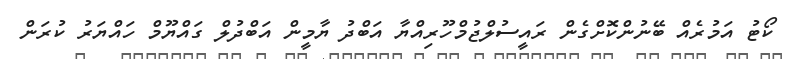
ކޯޓު އަމުރެއް ބޭނުންކޮށްގެން ރައީސުލްޖުމްހޫރިއްޔާ އަބްދު ޔާމީން އަބްދުލް ގައްޔޫމް ހައްޔަރު ކުރަން